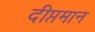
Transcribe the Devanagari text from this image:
दीप्तमान